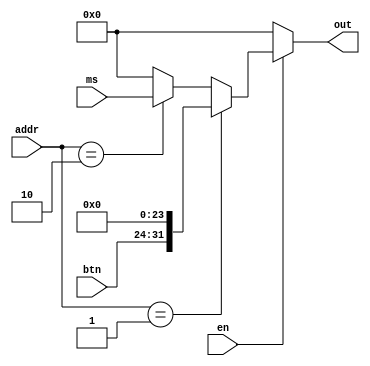
module IO(
    input [10:0]addr,
    input[31:0] ms,
    input[7:0] btn,
    input en,
    output reg[31:0] out
);

always @ (ms or btn or addr or en)
begin
    if(en)
    begin 
        if(addr == 11'd1)
            out = {btn,24'd0};
        else if(addr == 11'd2) 
            out = ms;
        else 
            out = 32'b0;
    end
    else
    begin
        out = 32'b0;
    end
end
endmodule